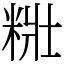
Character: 䊋